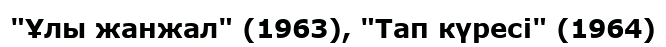
"Ұлы жанжал" (1963), "Тап күресі" (1964)